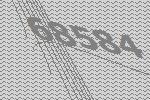
68584